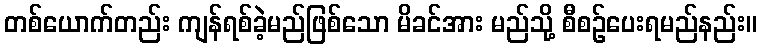
တစ်ယောက်တည်း ကျန်ရစ်ခဲ့မည်ဖြစ်သော မိခင်အား မည်သို့ စီစဉ်ပေးရမည်နည်း။